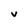
Character: v